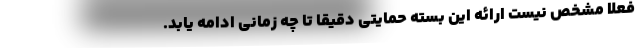
فعلا مشخص نیست ارائه این بسته حمایتی دقیقا تا چه زمانی ادامه یابد.